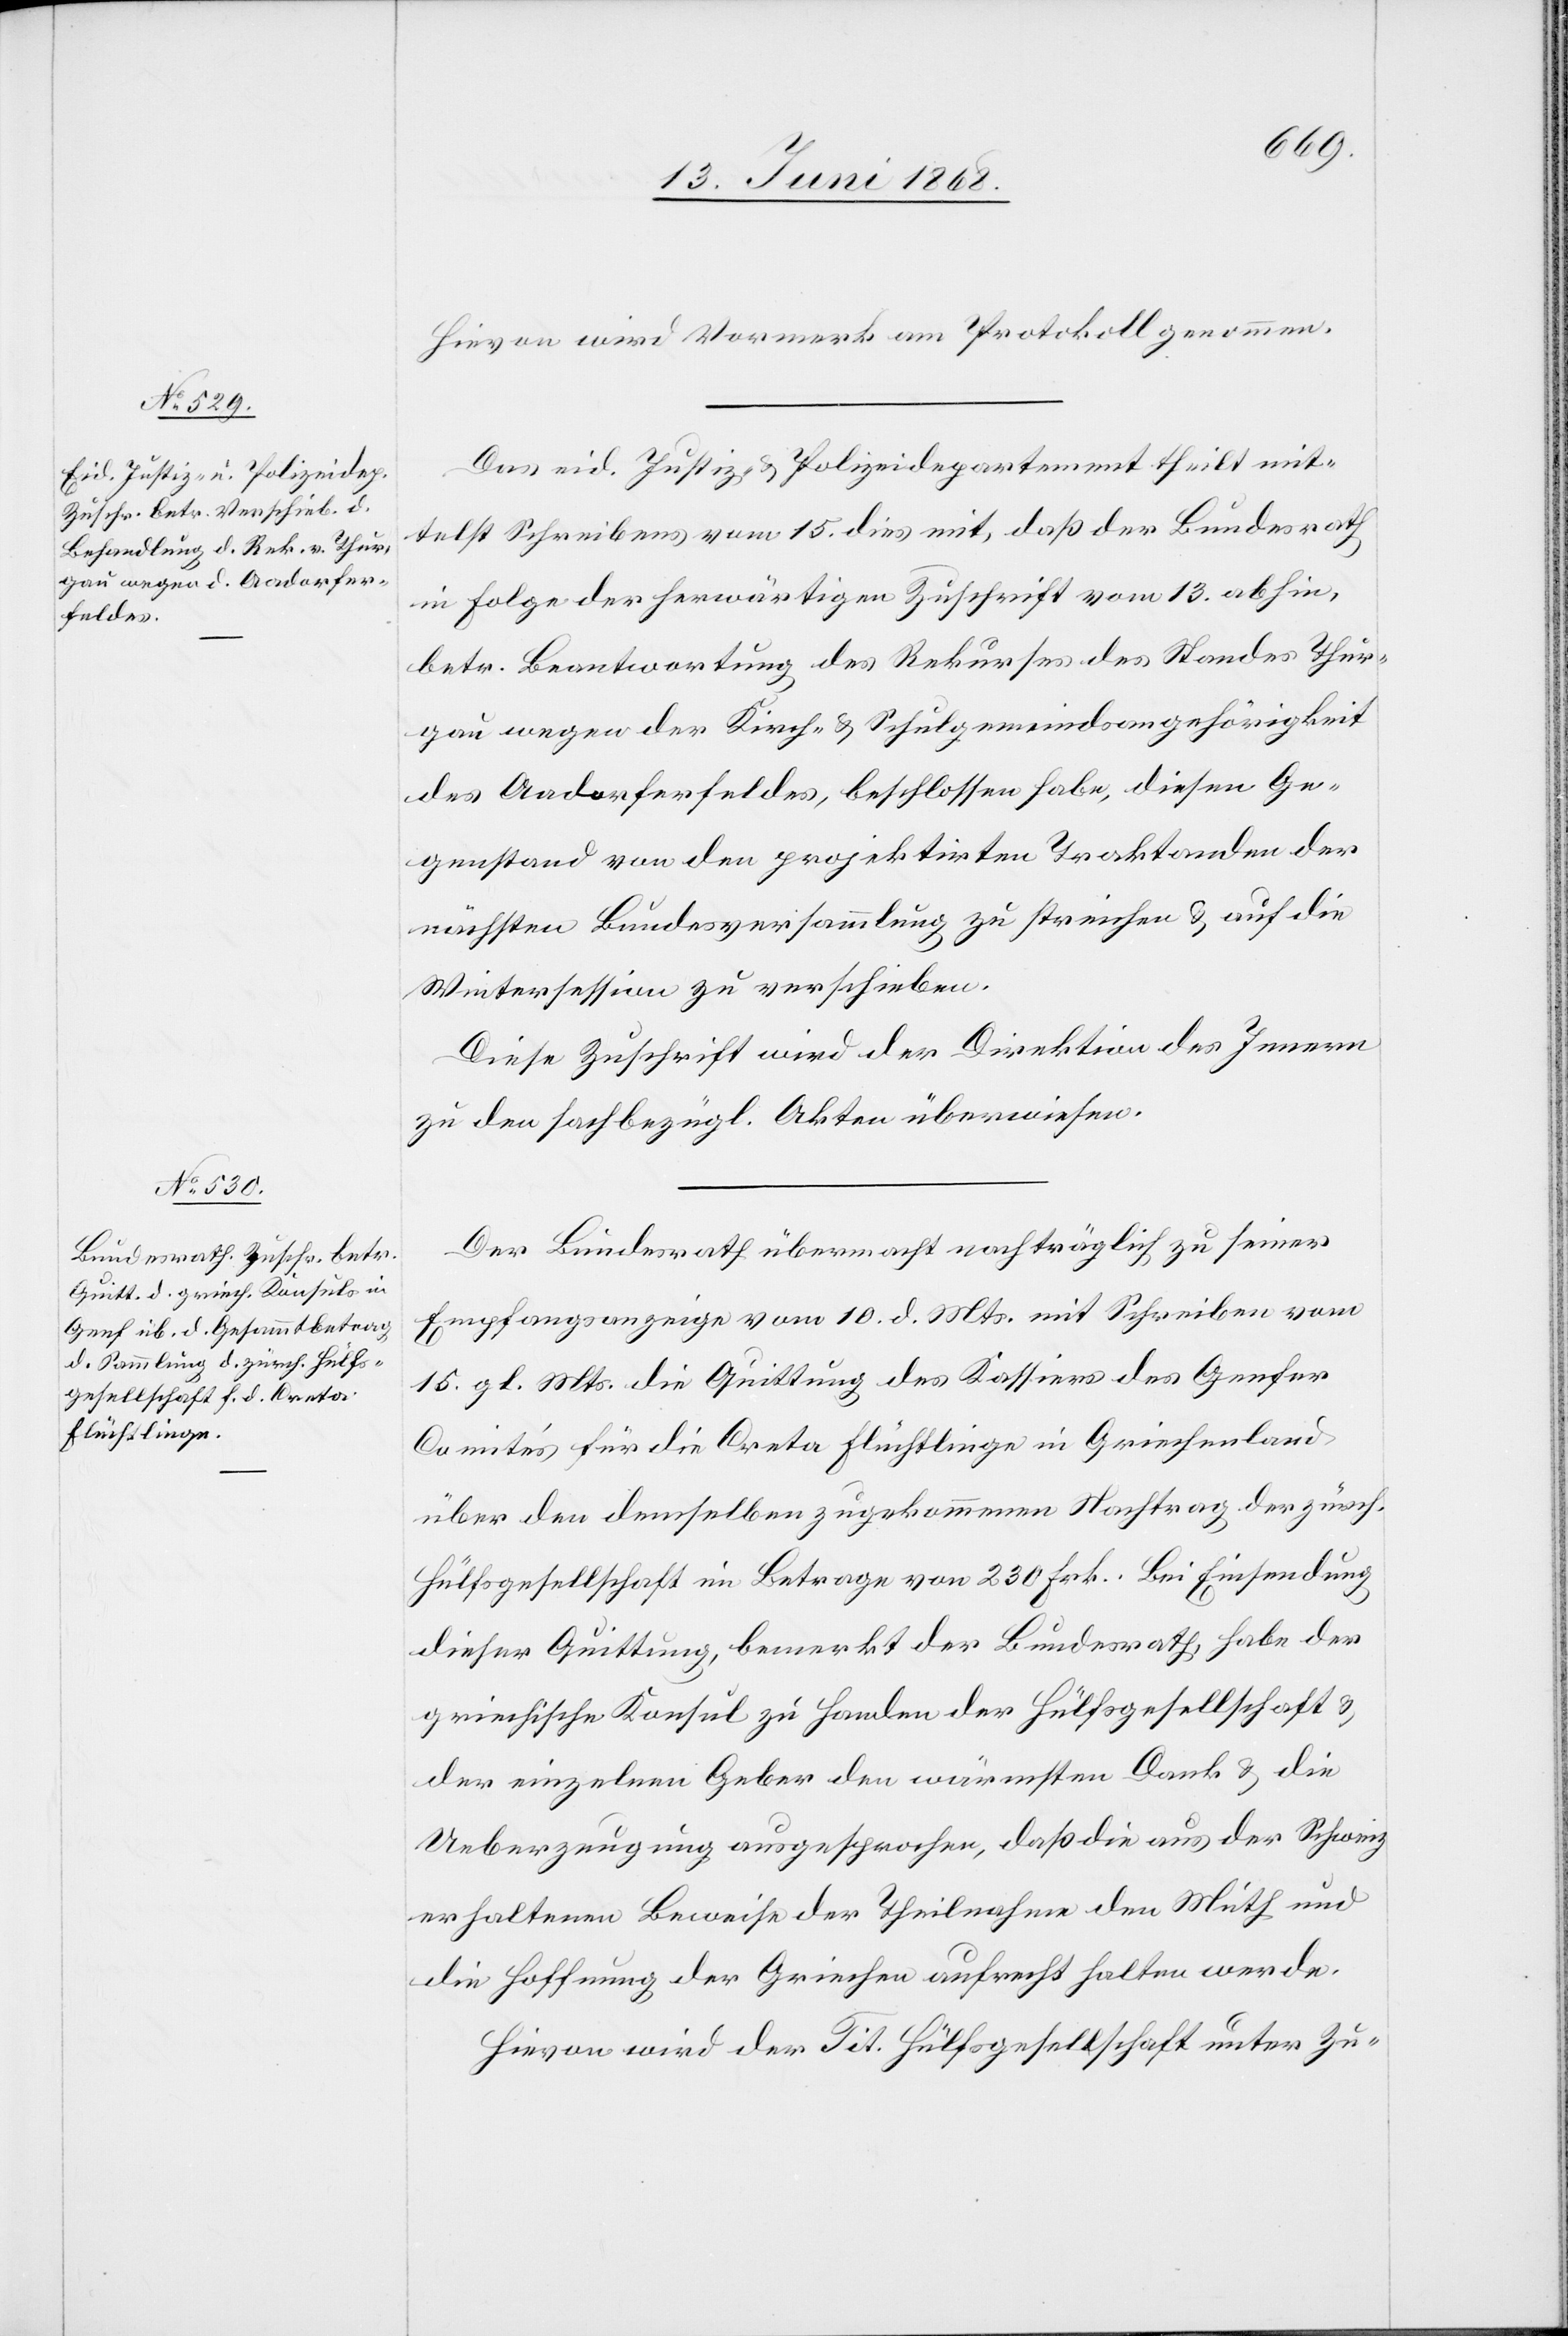
17. Juni 1868.]
Hievon wird Vormerk am Protokoll genommen.
Das eid. Justiz- & Polizeidepartement theilt mit¬
telst Schreibens vom 15. dies mit, daß der Bundesrath
in Folge der herwärtigen Zuschrift vom 13. abhin,
betr. Beantwortung des Rekurses des Standes Thur¬
gau wegen der Kirch- & Schulgemeindsangehörigkeit
des Aadorferfeldes, beschlossen habe, diesen Ge¬
genstand von den projektirten Traktanden der
nächsten Bundesversammlung zu streichen & auf die
Wintersession zu verschieben.
Diese Zuschrift wird der Direktion des Innern
zu den sachbezügl. Akten überwiesen.
Der Bundesrath übermacht nachträglich zu seiner
Empfangsanzeige vom 10. d. Mts. mit Schreiben vom
15. gl. Mts. die Quittung des Kassiers des Genfer
Comités für die Creta Flüchtlinge in Griechenland
über den demselben zugekommenen Nachtrag der zürch.
Hülfsgesellschaft im Betrage von 230 Frk. Bei Einsendung
dieser Quittung, bemerkt der Bundesrath, habe der
griechische Konsul zu Handen der Hülfsgesellschaft &
der einzelnen Geber den wärmsten Dank & die
Ueberzeugung ausgesprochen, daß die aus der Schweiz
erhaltenen Beweise der Theilnahme den Muth und
die Hoffnung der Griechen aufrecht halten werde[n].
Hievon wird der Tit. Hülfsgesellschaft unter Zu-